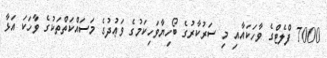
7000 ފްލެޓްގެ ވާހަކައާއި މި ސަރުކާރުގެ ބޯހިޔާވަހިކަމުގެ ވަޢުދުގެ މަސައްކަތްތަކުގެ ވާހަކަ އަޅާ